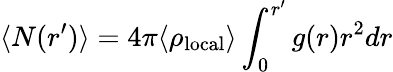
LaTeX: \langle N(r^{\prime})\rangle=4\pi\langle\rho_{\mathrm{local}}\rangle\int_{0}^{r^{\prime}}g(r)r^{2}dr